Civil Veterinary Department Bihar & Orissa reports 1929-36 - 1929-1936
Year: 1929
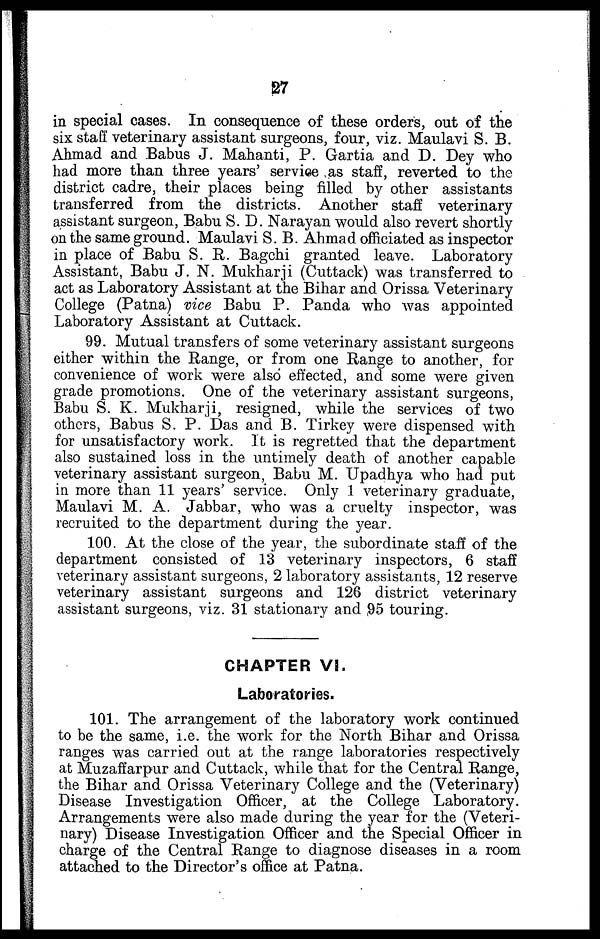
27
in special cases. In consequence of these orders, out of the
six staff veterinary assistant surgeons, four, viz. Maulavi S. B.
Ahmad and Babus J. Mahanti, P. Gartia and D. Dey who
had more than three years' service as staff, reverted to the
district cadre, their places being filled by other assistants
transferred from the districts. Another staff veterinary
assistant surgeon, Babu S. D. Narayan would also revert shortly
on the same ground. Maulavi S. B. Ahmad officiated as inspector
in place of Babu S. R. Bagchi granted leave. Laboratory
Assistant, Babu J. N. Mukharji (Cuttack) was transferred to
act as Laboratory Assistant at the Bihar and Orissa Veterinary
College (Patna) vice Babu P. Panda who was appointed
Laboratory Assistant at Cuttack.
99. Mutual transfers of some veterinary assistant surgeons
either within the Range, or from one Range to another, for
convenience of work were also effected, and some were given
grade promotions. One of the veterinary assistant surgeons,
Babu S. K. Mukharji, resigned, while the services of two
others, Babus S. P. Das and B. Tirkey were dispensed with
for unsatisfactory work. It is regretted that the department
also sustained loss in the untimely death of another capable
veterinary assistant surgeon, Babu M. Upadhya who had put
in more than 11 years' service. Only 1 veterinary graduate,
Maulavi M. A. Jabbar, who was a cruelty inspector, was
recruited to the department during the year.
100. At the close of the year, the subordinate staff of the
department consisted of 13 veterinary inspectors, 6 staff
veterinary assistant surgeons, 2 laboratory assistants, 12 reserve
veterinary assistant surgeons and 126 district veterinary
assistant surgeons, viz. 31 stationary and 95 touring.
CHAPTER VI.
Laboratories.
101. The arrangement of the laboratory work continued
to be the same, i.e. the work for the North Bihar and Orissa
ranges was carried out at the range laboratories respectively
at Muzaffarpur and Cuttack, while that for the Central Range,
the Bihar and Orissa Veterinary College and the (Veterinary)
Disease Investigation Officer, at the College Laboratory.
Arrangements were also made during the year for the (Veteri-
nary) Disease Investigation Officer and the Special Officer in
charge of the Central Range to diagnose diseases in a room
attached to the Director's office at Patna.